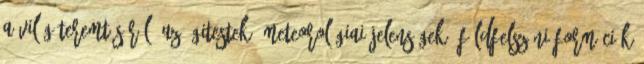
a világ teremtéséről, az égitestek, meteorológiai jelenségek, földfelszíni formációk